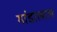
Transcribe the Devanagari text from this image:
गांडालाल